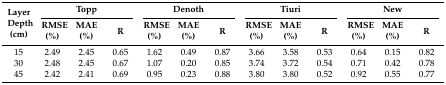
| <ROWSPAN=2> Layer Depth (cm) | <COLSPAN=3> Topp | <COLSPAN=3> Denoth | <COLSPAN=3> Tiuri | <COLSPAN=3> New |
 | RMSE (%) | MAE (%) | R | RMSE (%) | MAE (%) | R | RMSE (%) | MAE (%) | R | RMSE (%) | MAE (%) | R |
 | --- | --- | --- | --- | --- | --- | --- | --- | --- | --- | --- | --- | --- |
 | 15 | 2.49 | 2.45 | 0.65 | 1.62 | 0.49 | 0.87 | 3.66 | 3.58 | 0.53 | 0.64 | 0.15 | 0.82 |
 | 30 | 2.48 | 2.45 | 0.67 | 1.07 | 0.20 | 0.85 | 3.74 | 3.72 | 0.54 | 0.71 | 0.42 | 0.78 |
 | 45 | 2.42 | 2.41 | 0.69 | 0.95 | 0.23 | 0.88 | 3.80 | 3.80 | 0.52 | 0.92 | 0.55 | 0.77 |